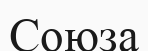
Союза